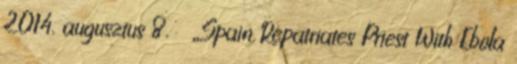
2014. augusztus 8. ↑ „Spain Repatriates Priest With Ebola